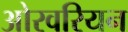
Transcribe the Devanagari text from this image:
ओरवरियन